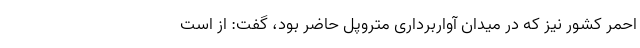
احمر کشور نیز که در میدان آواربرداری متروپل حاضر بود، گفت: از است